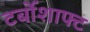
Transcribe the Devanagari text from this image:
टर्बोशाफ्ट